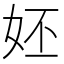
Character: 㚰